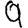
Digit: 9